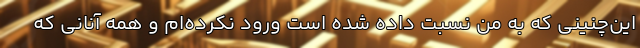
این‌چنینی که به من نسبت داده شده است ورود نکرده‌ام و همه آنانی که